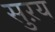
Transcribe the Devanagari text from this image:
सुऱय